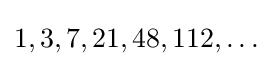
1,3,7,21,48,112,\ldots